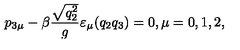
p _ { 3 \mu } - \beta \frac { \sqrt { q _ { 2 } ^ { 2 } } } { g } \varepsilon _ { \mu } ( q _ { 2 } q _ { 3 } ) = 0 , \mu = 0 , 1 , 2 ,